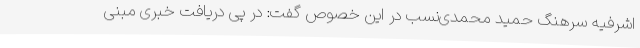
‌اشرفیه سرهنگ حمید محمدی‌نسب در این خصوص گفت: در پی دریافت خبری مبنی